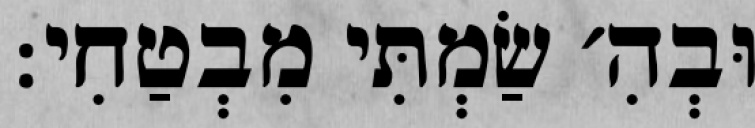
וּבְהִ׳ שַׂמְתִּי מִבְטַחִי: